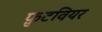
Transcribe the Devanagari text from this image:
फ़ुटवियर